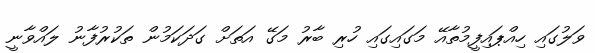
ވަލުގައި ހިއްޕައިފީމުތާއޭ މަގައިގައި ހުރި ބާރު މަގޭ އަތަށް ގަދަކަމުން ތަކުރުފާނު ލައްވާނީ